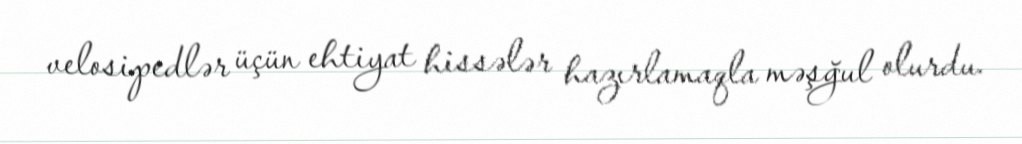
velosipedlər üçün ehtiyat hissələr hazırlamaqla məşğul olurdu.